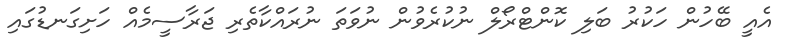
އެއީ ބޭހުން ހަކުރު ބަލި ކޮންޓްރޯލް ނުކުރެވުން ނުވަތަ ނުރައްކާތެރި ޖަރާސީމެއް ހަށިގަނޑުގައި